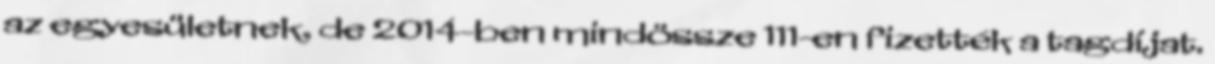
az egyesületnek, de 2014-ben mindössze 111-en fizették a tagdíjat.